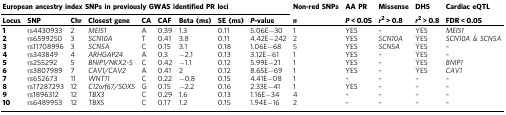
| <COLSPAN=9> European ancestry index SNPs in previously GWAS identified PR loci | Non-red SNPs | AA PR | Missense | DHS | Cardiac eQTL |
 | Locus | SNP | Chr | Closest gene | CA | CAF | Beta (ms) | SE (ms) | P-value | n | P < 0.05 | r2 > 0.8 | r2 > 0.8 | FDR < 0.05 |
 | --- | --- | --- | --- | --- | --- | --- | --- | --- | --- | --- | --- | --- | --- |
 | 1 | rs4430933 | 2 | MEIS1 | A | 0.39 | 1.3 | 0.11 | 5.06E−30 | 1 | YES | – | YES | MEIS1 |
 | 2 | rs6599250 | 3 | SCN10A | T | 0.41 | 3.8 | 0.11 | 4.42E−242 | 2 | YES | SCN10A | YES | SCN10A & SCN5A |
 | 3 | rs11708996 | 3 | SCN5A | C | 0.15 | 3.1 | 0.18 | 1.06E−68 | 5 | YES | SCN5A | YES | – |
 | 4 | rs343849 | 4 | ARHGAP24 | A | 0.3 | −2.1 | 0.13 | 3.12E−61 | 1 | YES | – | YES | – |
 | 5 | rs255292 | 5 | BNIP1/NKX2-5 | C | 0.42 | −1.1 | 0.12 | 5.99E−21 | 1 | YES | – | YES | BNIP1 |
 | 6 | rs3807989 | 7 | CAV1/CAV2 | A | 0.41 | 2 | 0.12 | 8.65E−69 | 1 | YES | – | YES | CAV1 |
 | 7 | rs652673 | 11 | WNT11 | C | 0.22 | −0.8 | 0.15 | 4.41E−08 | 1 | – | – | – | – |
 | 8 | rs17287293 | 12 | C12orf67/SOX5 | G | 0.15 | −2.2 | 0.16 | 2.33E−41 | 1 | YES | – | – | – |
 | 9 | rs1896312 | 12 | TBX3 | C | 0.29 | 1.6 | 0.13 | 1.16E−34 | 4 | – | – | – | – |
 | 10 | rs6489953 | 12 | TBX5 | C | 0.17 | 1.2 | 0.15 | 1.94E−16 | 2 | – | – | – | – |